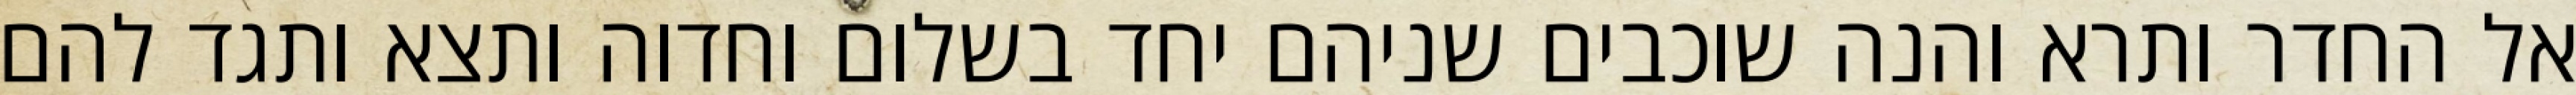
אל החדר ותרא והנה שוכבים שניהם יחד בשלום וחדוה ותצא ותגד להם